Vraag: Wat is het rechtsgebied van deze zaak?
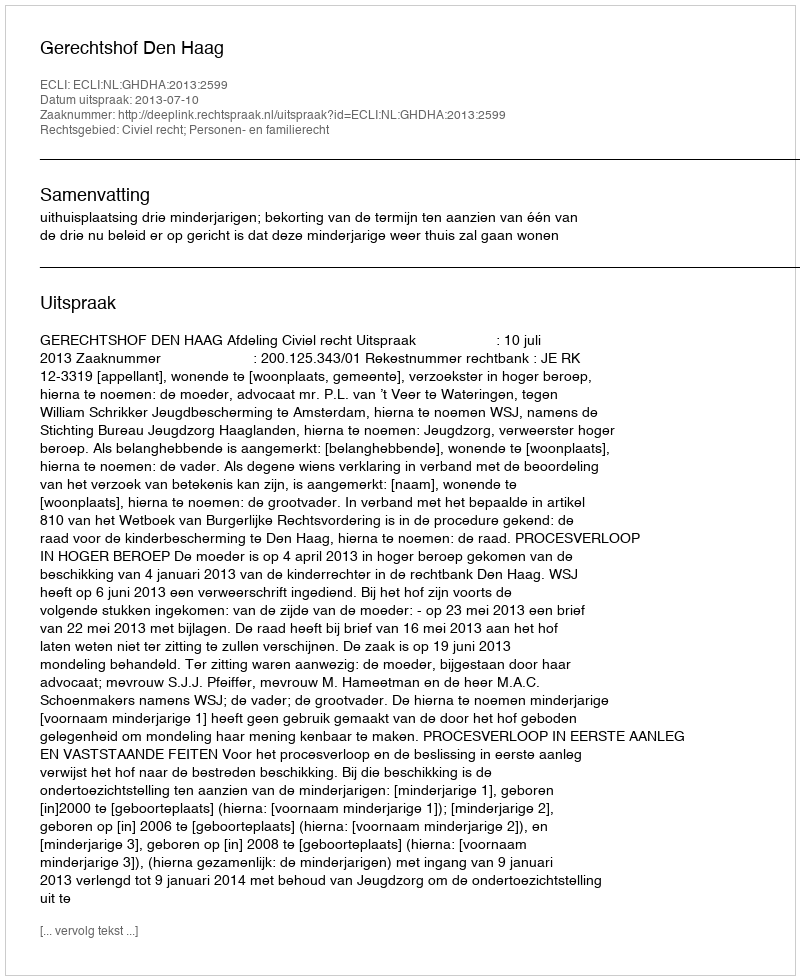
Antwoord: Civiel recht; Personen- en familierecht